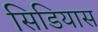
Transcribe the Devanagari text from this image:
सिडियास